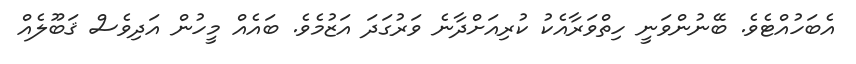
އެބަހުއްޓެވެ. ބޭނުންވަނީ ހިތްވަރާއެކު ކުރިއަށްދާނެ ވަރުގަދަ އަޒުމެވެ. ބައެއް މީހުން އަދިވެސް ޤަބޫލެއް